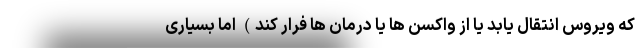
که ویروس انتقال یابد یا از واکسن ها یا درمان ها فرار کند) اما بسیاری